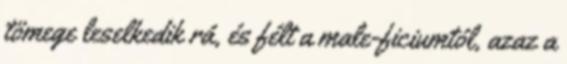
tömege leselkedik rá, és félt a male-ficiumtól, azaz a